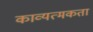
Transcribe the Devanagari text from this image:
काव्यत्मकता